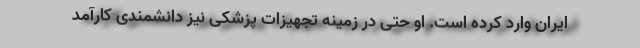
ایران وارد کرده است. او حتی در زمینه تجهیزات پزشکی نیز دانشمندی کارآمد